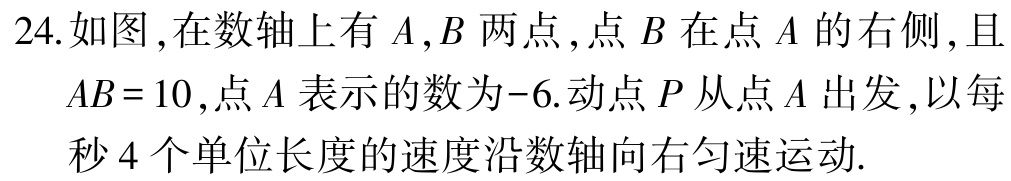
24.如图,在数轴上有\(A,B\)两点,点\(B\)在点\(A\)的右侧,且\(AB = 10\),点\(A\)表示的数为\(-6\).动点\(P\)从点\(A\)出发,以每秒\(4\)个单位长度的速度沿数轴向右匀速运动.